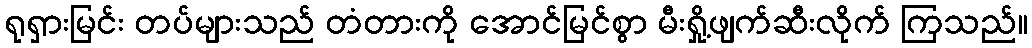
ရုရှားမြင်း တပ်များသည် တံတားကို အောင်မြင်စွာ မီးရှို့ဖျက်ဆီးလိုက် ကြသည်။